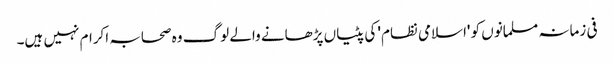
فی زمانہ مسلمانوں کو 'اسلامی نظام' کی پٹیاں پڑھانے والے لوگ وہ صحابہ اکرام نہیں ہیں۔